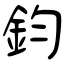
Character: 鈞